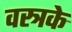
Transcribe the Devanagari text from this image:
वस्त्रके